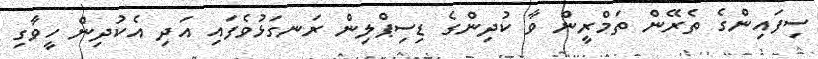
ސިފައިންގެ ތެރޭން ތަމްރީން ވާ ކުދިންގެ ޑިސިޕްލިން ރަނގަޅުވެފައި އަދި އެކުދިން ހީވާގި